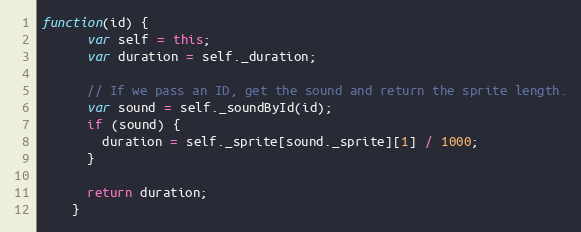
Language: JavaScript
function(id) {
      var self = this;
      var duration = self._duration;

      // If we pass an ID, get the sound and return the sprite length.
      var sound = self._soundById(id);
      if (sound) {
        duration = self._sprite[sound._sprite][1] / 1000;
      }

      return duration;
    }